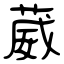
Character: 葳